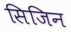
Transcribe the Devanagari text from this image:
सिजिन